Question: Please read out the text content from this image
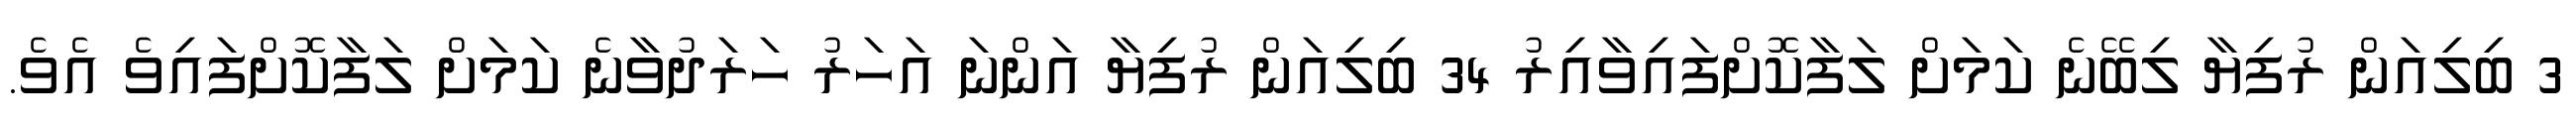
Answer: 3 ބިލިއަން ރުފިޔާ ލިބޭނެ ކަމަށް ލަފާކޮށްފައިވާއިރު 34 ބިލިއަން ރުފިޔާ އަންނަ އަހަރު ހަރަދުވާނެ ކަމަށް ލަފާކޮށްފައިވެ އެވެ.